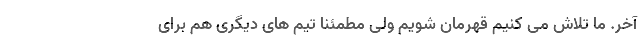
آخر. ما تلاش می کنیم قهرمان شویم ولی مطمئنا تیم های دیگری هم برای